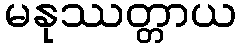
မနုဿတ္တာယ